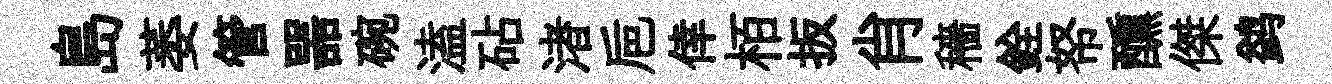
島萎管噐碗溘砧渚巵倖栢扳肖穡銓帑醺傑鹢